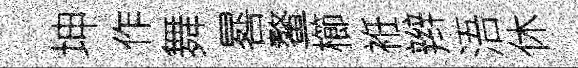
坤作舞晷鳌櫛袵辫浯休